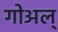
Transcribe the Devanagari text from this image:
गोअल्